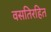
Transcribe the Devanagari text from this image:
वसतिरहित